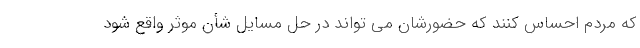
که مردم احساس کنند که حضورشان می تواند در حل مسایل شأن موثر واقع شود